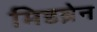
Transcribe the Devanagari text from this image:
मिडब्रेन